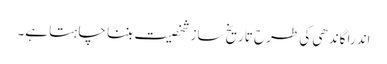
اندرا گاندھی کی طرح تاریخ ساز شخصیت بننا چا ہتا ہے۔